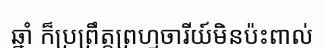
ឆ្នាំ ក៏ប្រព្រឹត្តព្រហ្មចារីយ៍មិនប៉ះពាល់